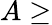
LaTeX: A\ge